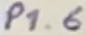
Text: P1.6